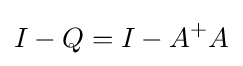
I-Q=I-A^{+}A